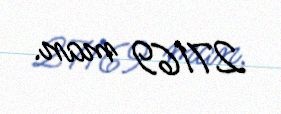
27169 man.